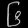
Digit: ၆